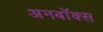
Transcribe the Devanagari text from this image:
अनबॉक्स